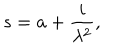
LaTeX: s = a + \frac { i } { \lambda ^ { 2 } } ,